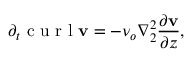
\partial _ { t } \textrm { c u r l } \mathbf { v } = - \nu _ { o } \nabla _ { 2 } ^ { 2 } \frac { \partial \mathbf { v } } { \partial z } ,